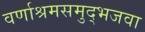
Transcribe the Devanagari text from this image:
वर्णाश्रमसमुद्भजवा